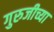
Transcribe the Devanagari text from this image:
गुरुजीच्या